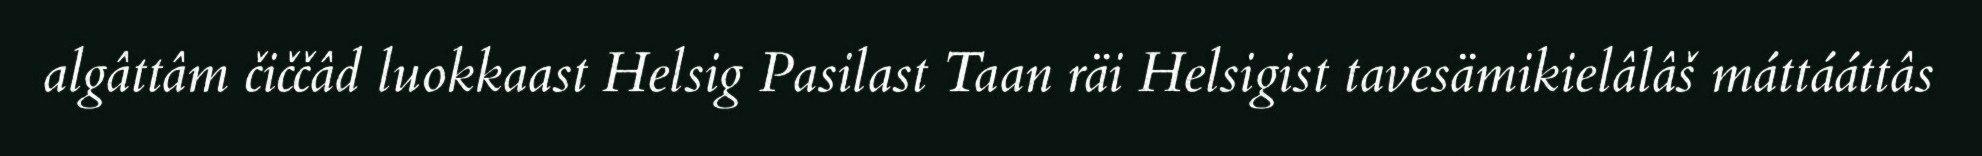
algâttâm čiččâd luokkaast Helsig Pasilast Taan räi Helsigist tavesämikielâlâš máttááttâs